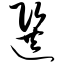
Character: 选